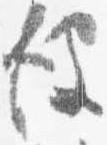
彼